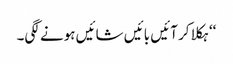
‘‘ ہکلا کر آئیں بائیں شائیں ہونے لگی۔